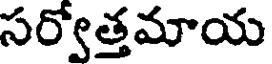
సర్వోత్తమాయ